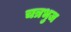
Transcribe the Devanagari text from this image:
चत्रभुज